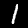
Label: 1